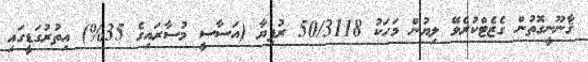
ޤާނޫނީގޮތުން ގެޒެޓްކުރެވޭ ލިޔުން މަހަކު 50/3118 ރުފިޔާ (އަސާސީ މުސާރައިގެ 35%) އިތުރުގަޑީގައި